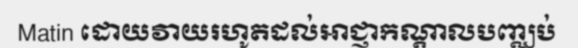
Matin ដោយវាយរហូតដល់អាជ្ញាកណ្តាលបញ្ឈប់